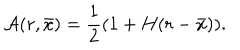
{ \cal A } ( r , \bar { x } ) = { \frac { 1 } { 2 } } ( 1 + H ( r - \bar { x } ) ) .